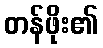
တန်ဖိုး၏